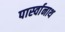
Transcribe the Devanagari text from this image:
पार्स्‍वानाथ